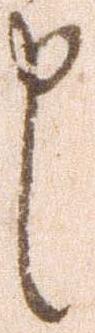
申